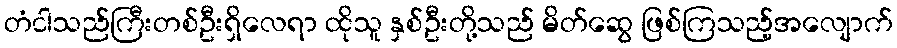
တံငါသည်ကြီးတစ်ဦးရှိလေရာ ထိုသူ နှစ်ဦးတို့သည် မိတ်ဆွေ ဖြစ်ကြသည့်အလျောက်